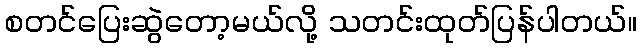
စတင်ပြေးဆွဲတော့မယ်လို့ သတင်းထုတ်ပြန်ပါတယ်။